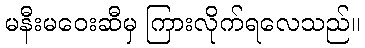
မနီးမဝေးဆီမှ ကြားလိုက်ရလေသည်။